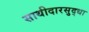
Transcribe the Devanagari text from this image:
साथीदारसुद्धा